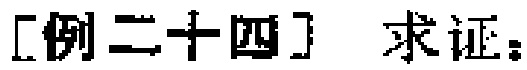
[例二十四] 求证：